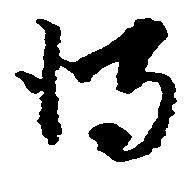
得